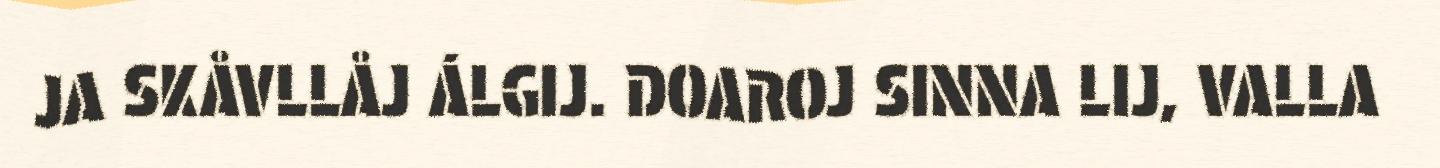
JA SKÅVLLÅJ ÁLGIJ. DOAROJ SINNA LIJ, VALLA